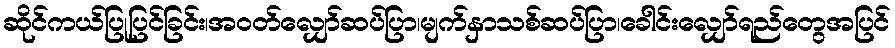
ဆိုင်ကယ်ပြုပြင်ခြင်း၊အဝတ်လျှော်ဆပ်ပြာ၊မျက်နှာသစ်ဆပ်ပြာ၊ခေါင်းလျှော်ရည်တွေအပြင်